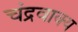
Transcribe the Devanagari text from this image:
चंद्रवाक्य